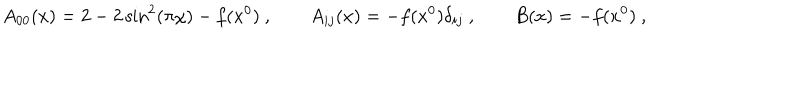
LaTeX: A _ { 0 0 } ( x ) = 2 - 2 \sin ^ { 2 } ( \pi \chi ) - f ( x ^ { 0 } ) \ , \qquad A _ { i j } ( x ) = - f ( x ^ { 0 } ) \delta _ { i j } \ , \qquad B ( x ) = - f ( x ^ { 0 } ) \ ,